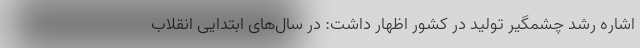
اشاره رشد چشمگیر تولید در کشور اظهار داشت: در سال‌های ابتدایی انقلاب